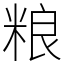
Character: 粮